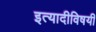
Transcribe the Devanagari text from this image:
इत्यादीविषयी